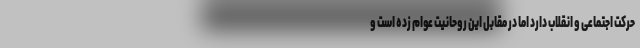
حرکت اجتماعی و انقلاب دارد اما در مقابل این روحانیت عوام زده است و